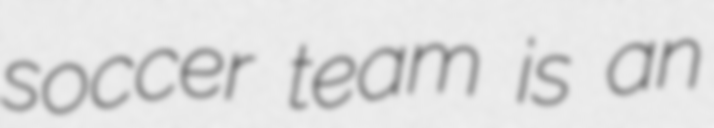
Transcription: soccer team is an